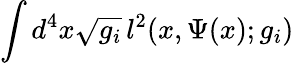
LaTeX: \int d^{4}x\sqrt{g_{i}}\, l^{2}(x,\Psi(x);g_{i})